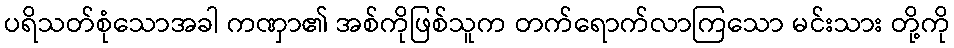
ပရိသတ်စုံသောအခါ ကဏှာ၏ အစ်ကိုဖြစ်သူက တက်ရောက်လာကြသော မင်းသား တို့ကို